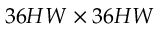
3 6 H W \times 3 6 H W